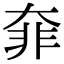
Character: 𩇩